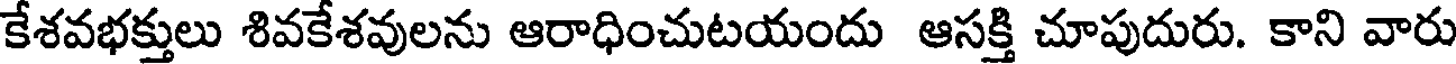
కేశవభక్తులు శివకేశవులను ఆరాధించుటయందు ఆసక్తి చూపుదురు. కాని వారు